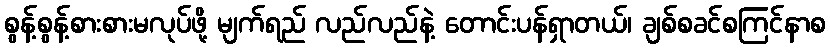
စွန့်စွန့်စားစားမလုပ်ဖို့ မျက်ရည် လည်လည်နဲ့ တောင်းပန်ရှာတယ်၊ ချစ်စခင်စကြင်နာစ